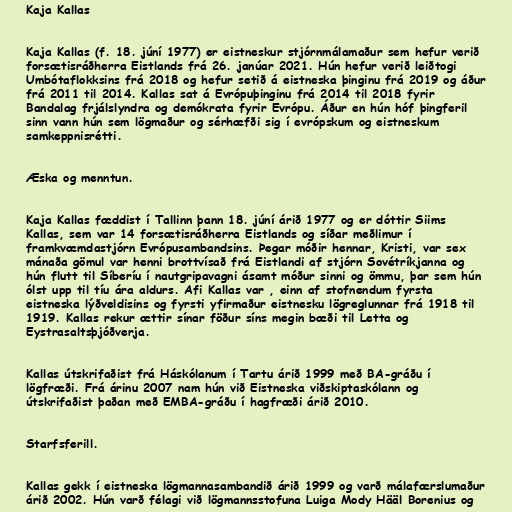
Kaja Kallas

Kaja Kallas (f. 18. júní 1977) er eistneskur stjórnmálamaður sem hefur verið
forsætisráðherra Eistlands frá 26. janúar 2021. Hún hefur verið leiðtogi
Umbótaflokksins frá 2018 og hefur setið á eistneska þinginu frá 2019 og áður
frá 2011 til 2014. Kallas sat á Evrópuþinginu frá 2014 til 2018 fyrir
Bandalag frjálslyndra og demókrata fyrir Evrópu. Áður en hún hóf þingferil
sinn vann hún sem lögmaður og sérhæfði sig í evrópskum og eistneskum
samkeppnisrétti.

Æska og menntun.

Kaja Kallas fæddist í Tallinn þann 18. júní árið 1977 og er dóttir Siims
Kallas, sem var 14 forsætisráðherra Eistlands og síðar meðlimur í
framkvæmdastjórn Evrópusambandsins. Þegar móðir hennar, Kristi, var sex
mánaða gömul var henni brottvísað frá Eistlandi af stjórn Sovétríkjanna og
hún flutt til Síberíu í nautgripavagni ásamt móður sinni og ömmu, þar sem hún
ólst upp til tíu ára aldurs. Afi Kallas var , einn af stofnendum fyrsta
eistneska lýðveldisins og fyrsti yfirmaður eistnesku lögreglunnar frá 1918 til
1919. Kallas rekur ættir sínar föður síns megin bæði til Letta og
Eystrasaltsþjóðverja.

Kallas útskrifaðist frá Háskólanum í Tartu árið 1999 með BA-gráðu í
lögfræði. Frá árinu 2007 nam hún við Eistneska viðskiptaskólann og
útskrifaðist þaðan með EMBA-gráðu í hagfræði árið 2010.

Starfsferill.

Kallas gekk í eistneska lögmannasambandið árið 1999 og varð málafærslumaður
árið 2002. Hún varð félagi við lögmannsstofuna Luiga Mody Hääl Borenius og